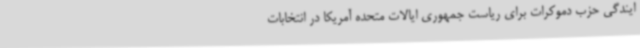
ایندگی حزب دموکرات برای ریاست جمهوری ایالات متحده آمریکا در انتخابات